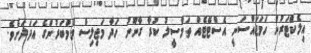
އިލެކްޓަރުން ހަމަޖައްސަނީ އެސްޓޭޓެއް ތަމްސީލު ކުރާ ގާނޫނު ހަދާ މަޖިލިސް މެމްބަރުންގެ އަދަދަށެވެ.